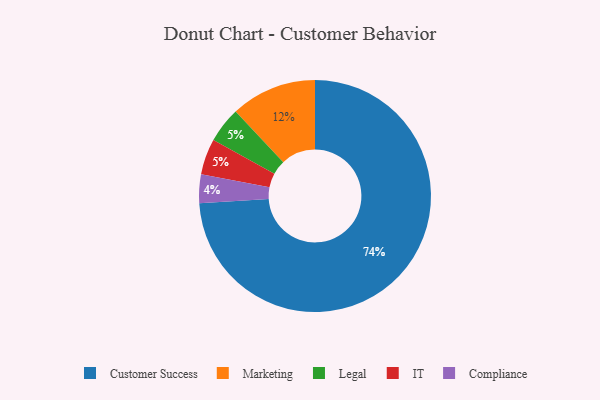
{"axis": {"x": "Category", "y": "Percentage"}, "legend": ["Compliance", "Customer Success", "IT", "Legal", "Marketing"], "data": [{"x": "Legal", "y": 5, "type": "Legal"}, {"x": "Customer Success", "y": 74, "type": "Customer Success"}, {"x": "Marketing", "y": 12, "type": "Marketing"}, {"x": "Compliance", "y": 4, "type": "Compliance"}, {"x": "IT", "y": 5, "type": "IT"}]}